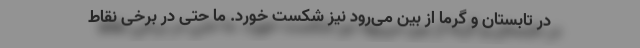
در تابستان و گرما از بین می‌رود نیز شکست خورد. ما حتی در برخی نقاط